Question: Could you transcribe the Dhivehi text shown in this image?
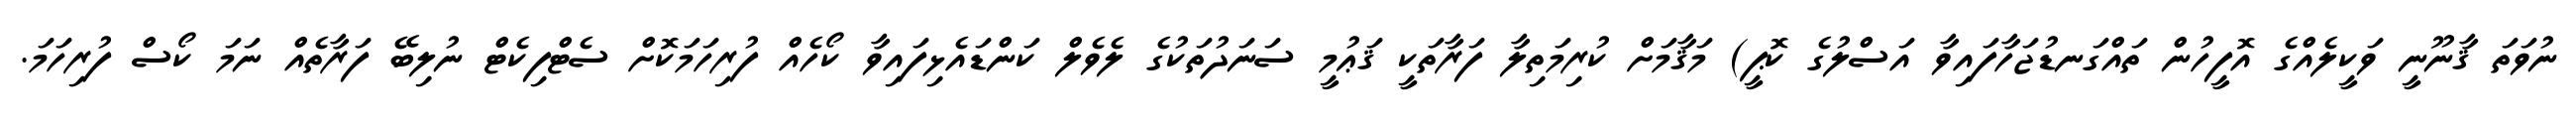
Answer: ނުވަތަ ޤާނޫނީ ވަކީލެއްގެ އޮފީހުން ތައްގަނޑުޖަހާފައިވާ އަސްލުގެ ކޮޕީ) މަޤާމަށް ކުރިމަތިލާ ފަރާތަކީ ޤަޢުމީ ސަނަދުތަކުގެ ލެވެލް ކަންޑައެޅިފައިވާ ކޯހެއް ފުރިހަމަކޮށް ސެޓްފިކެޓް ނުލިބޭ ފަރާތެއް ނަމަ ކޯސް ފުރިހަމަ.